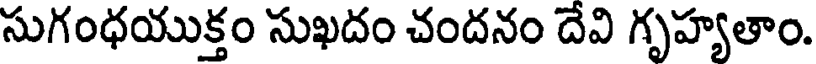
సుగంధయుక్తం సుఖదం చందనం దేవి గృహ్యతాం.